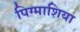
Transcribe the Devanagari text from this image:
पिग्माशिया